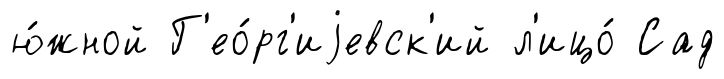
ю́жной Г'ео́рг'иjевск'ий л'ицо́ Сад